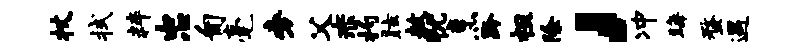
杖拭粹忠匍毫旁父赤杓眩敖犹烹黔祖除，冲晦蝥遇